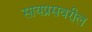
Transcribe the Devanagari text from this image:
सायप्रसवरील